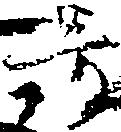
号